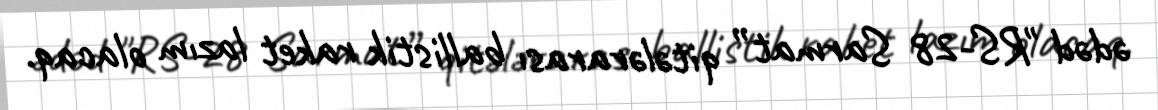
ədəd "RS-28 Sarmat” qitələrarası ballistik raket lazım olacaq.